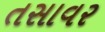
તસાવર